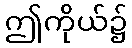
ဤကိုယ်၌